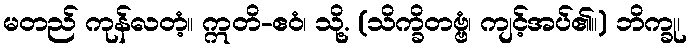
မတည် ကုန်လတံ့။ ဣတိ-ဧဝံ၊ သို့. (သိက္ခိတဗ္ဗံ၊ ကျင့်အပ်၏။) ဘိက္ခု၊